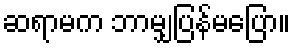
ဆရာမက ဘာမျှပြန်မပြော။